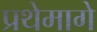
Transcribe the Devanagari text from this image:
प्रथेमागे